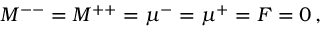
M ^ { -- } = M ^ { + + } = \mu ^ { - } = \mu ^ { + } = F = 0 \, ,